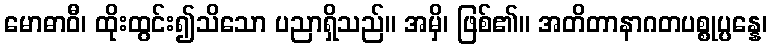
မောဓာဝီ၊ ထိုးထွင်း၍သိသော ပညာရှိသည်။ အမှိ၊ ဖြစ်၏။ အတိတာနာဂတပစ္စုပ္ပန္နေ၊